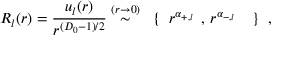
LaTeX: R _ { l } ( r ) = \frac { u _ { l } ( r ) } { r ^ { ( D _ { 0 } - 1 ) / 2 } } \stackrel { ( r \rightarrow 0 ) } { \sim } \mathrm { \boldmath \large ~ \left\{ ~ \right. ~ } \! \! \! r ^ { \alpha _ { + , l } } \mathrm { \boldmath \large ~ , ~ } \! r ^ { \alpha _ { - , l } } \mathrm { \boldmath \large ~ \left. ~ \right\} ~ } \! \! \; ,